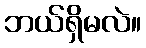
ဘယ်ရှိမလဲ။